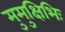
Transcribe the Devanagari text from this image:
मुमुक्षिभिः